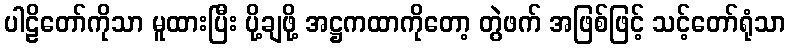
ပါဠိတော်ကိုသာ မူထားပြီး ပို့ချဖို့ အဋ္ဌကထာကိုတော့ တွဲဖက် အဖြစ်ဖြင့် သင့်တော်ရုံသာ